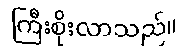
ကြီးစိုးလာသည်။